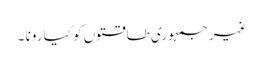
غیر جمہوری طاقتوں کو کیا رونا ۔